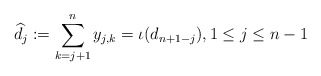
\begin{gather*} {\widehat d}_j:=\sum_{k=j+1}^{n}y_{j,k}=\iota(d_{n+1-j}), 1 \le j \le n-1 \end{gather*}